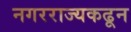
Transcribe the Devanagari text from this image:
नगरराज्यकढून